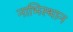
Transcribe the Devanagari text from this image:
नाभिस्थान